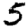
Digit: 5